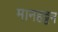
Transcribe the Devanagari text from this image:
मानहट्टन